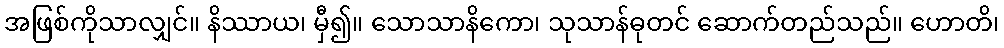
အဖြစ်ကိုသာလျှင်။ နိဿာယ၊ မှီ၍။ သောသာနိကော၊ သုသာန်ဓုတင် ဆောက်တည်သည်။ ဟောတိ၊